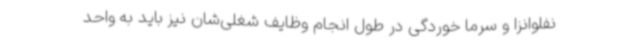
نفلوانزا و سرما خوردگی در طول انجام وظایف شغلی‌شان نیز باید به واحد